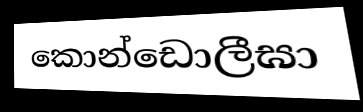
කොන්ඩොලීඝා